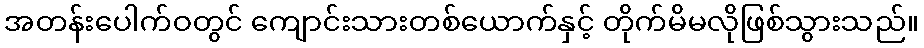
အတန်းပေါက်ဝတွင် ကျောင်းသားတစ်ယောက်နှင့် တိုက်မိမလိုဖြစ်သွားသည်။